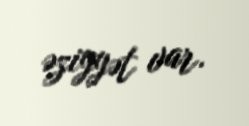
əziyyət var.